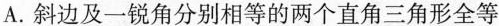
A.斜边及一锐角分别相等的两个直角三角形全等